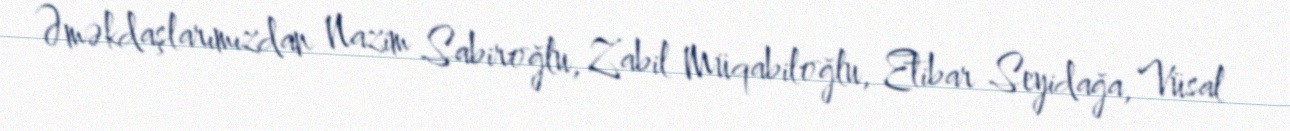
Əməkdaşlarımızdan Nazim Sabiroğlu, Zabil Müqabiloğlu, Etibar Seyidağa, Vüsal